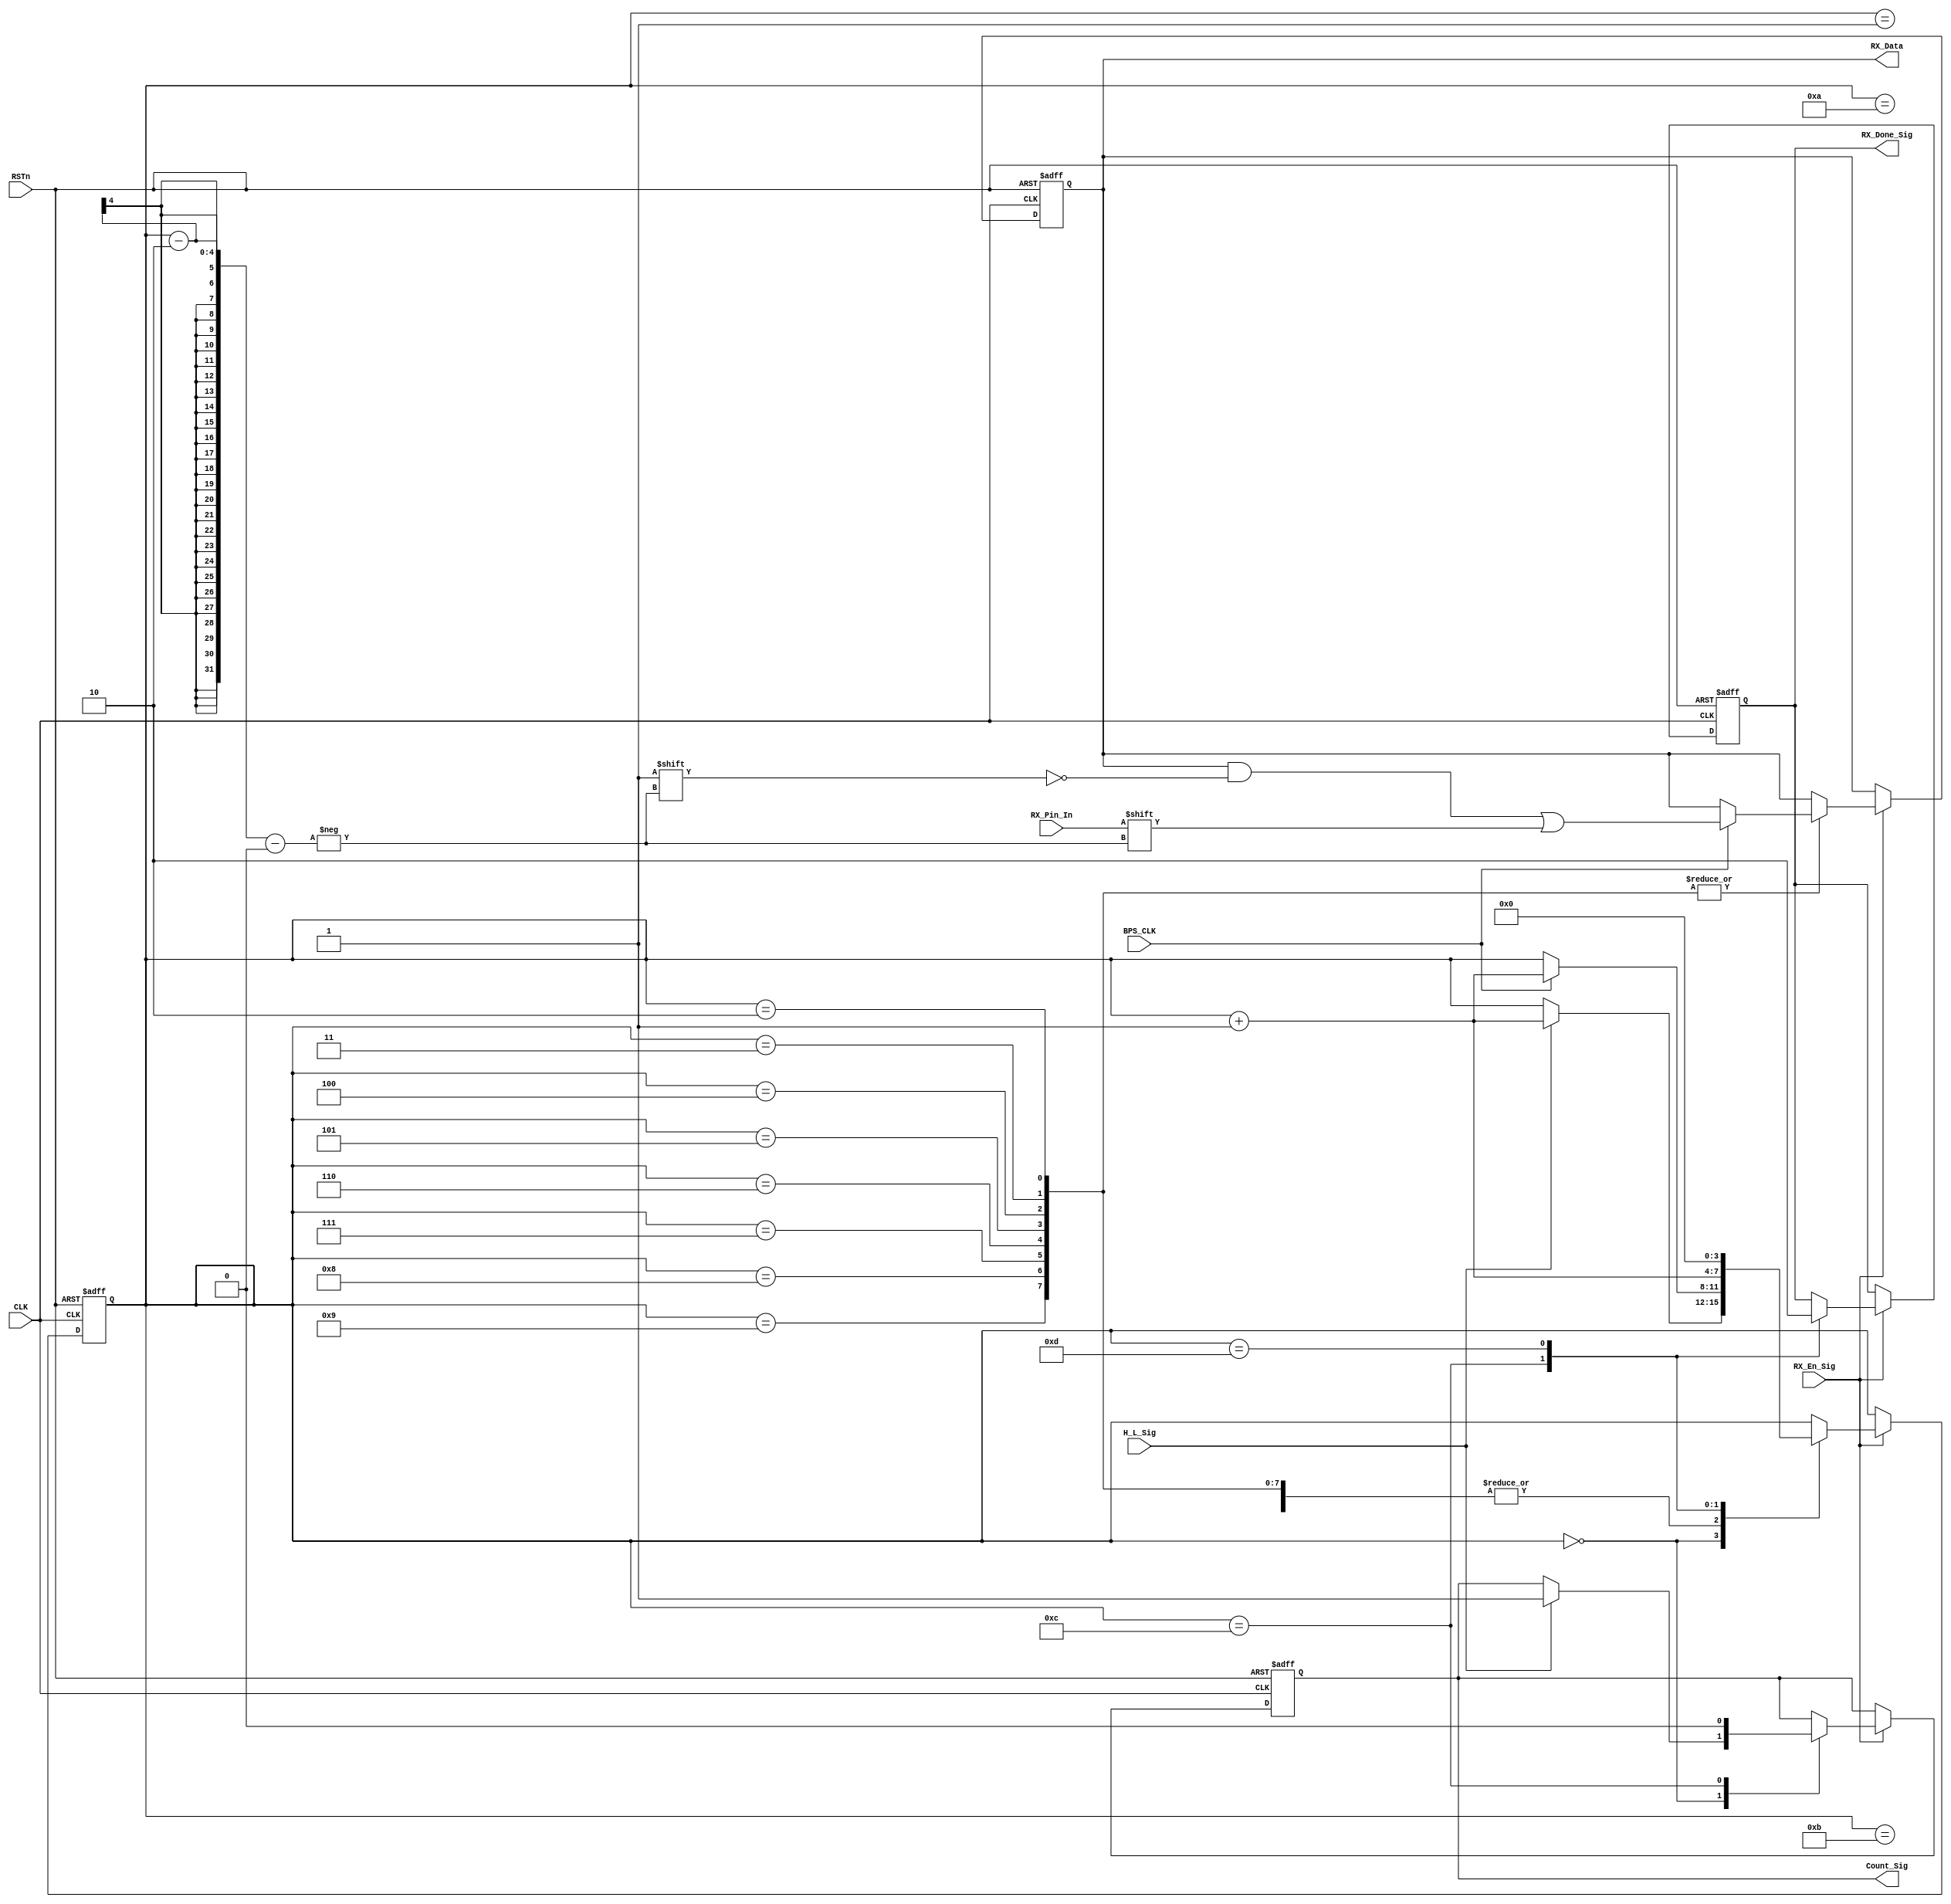
`timescale 1ns / 1ps
//////////////////////////////////////////////////////////////////////////////////
// Company: 
// Engineer: 
// 
// Design Name: 
// Module Name: rx_control_module
// Project Name: 
// Target Devices: 
// Tool Versions: 
// Description: 
// 
// Dependencies: 
// 
// Revision:
// Revision 0.01 - File Created
// Additional Comments:
// 
//////////////////////////////////////////////////////////////////////////////////


module rx_control_module
(
    CLK, RSTn,
	H_L_Sig, RX_Pin_In, BPS_CLK, RX_En_Sig,
    Count_Sig, RX_Data, RX_Done_Sig
	 
);

     input CLK;
	 input RSTn;
	 input H_L_Sig;
	 input RX_En_Sig;
	 input RX_Pin_In;
	 input BPS_CLK;
	 
	 output Count_Sig;
	 output [7:0]RX_Data;
	 output RX_Done_Sig;
	 
	 
	 /********************************************************/

	 reg [3:0]i;
	 reg [7:0]rData;
	 reg isCount;
	 reg isDone;
	
	 always @ ( posedge CLK or negedge RSTn )
	     if( !RSTn )
		      begin 
		          i <= 4'd0;
					 rData <= 8'd0;
					 isCount <= 1'b0;
					 isDone <= 1'b0;	 
				end
		  else if( RX_En_Sig )           //
		      case ( i )
				
			       4'd0 :
					 if( H_L_Sig ) begin i <= i + 1'b1; isCount <= 1'b1; end           //  
					 
					 4'd1 : 
					 if( BPS_CLK ) begin i <= i + 1'b1; end                          //
					 
					 4'd2, 4'd3, 4'd4, 4'd5, 4'd6, 4'd7, 4'd8, 4'd9 :                //8
					 if( BPS_CLK ) begin i <= i + 1'b1; rData[ i - 2 ] <= RX_Pin_In; end
					 
					 4'd10 :                                                         //
					 if( BPS_CLK ) begin i <= i + 1'b1; end
					 
					 4'd11 :                                                         //
					 if( BPS_CLK ) begin i <= i + 1'b1; end
					 
					 4'd12 :                                                        //
					 begin i <= i + 1'b1; isDone <= 1'b1; isCount <= 1'b0; end
					 
					 4'd13 :                                                        //
					 begin i <= 4'd0; isDone <= 1'b0; end
				 
				endcase
				
    /********************************************************/
	 
	 assign Count_Sig = isCount;
	 assign RX_Data = rData;
	 assign RX_Done_Sig = isDone;
	 
	 
	 /*********************************************************/
	 
endmodule